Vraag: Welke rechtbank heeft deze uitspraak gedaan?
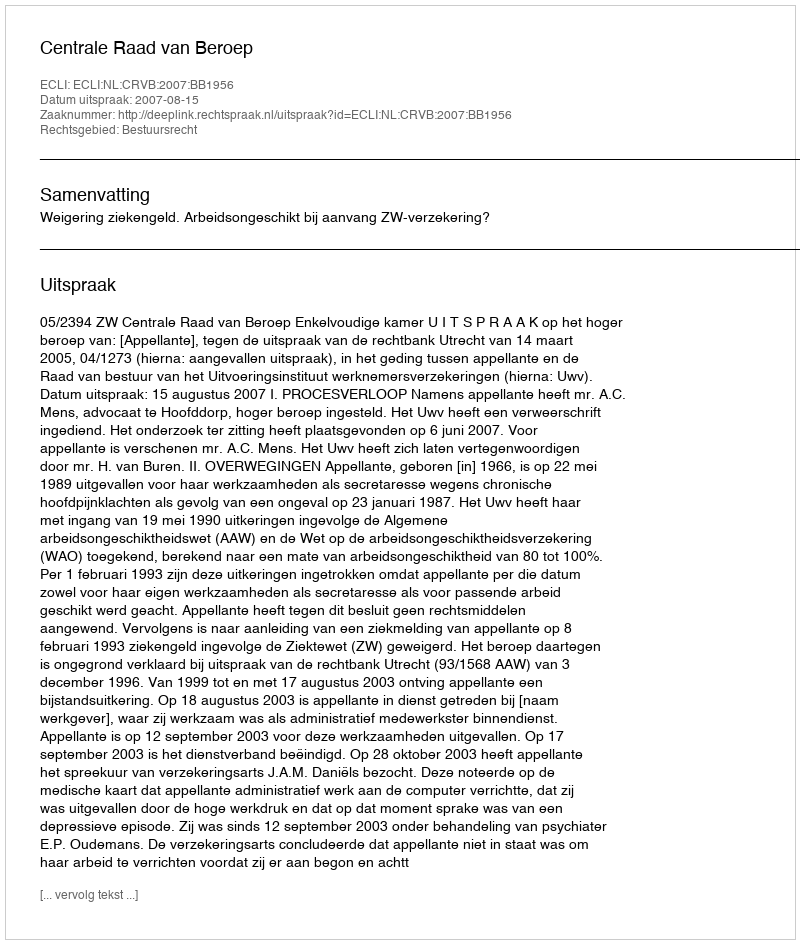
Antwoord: Centrale Raad van Beroep